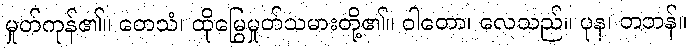
မှုတ်ကုန်၏။ တေသံ၊ ထိုမြွေမှုတ်သမားတို့၏။ ဝါတော၊ လေသည်။ ပုန၊ တဘန်။